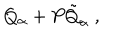
LaTeX: Q _ { \alpha } + P { \tilde { Q } } _ { \alpha } \ ,